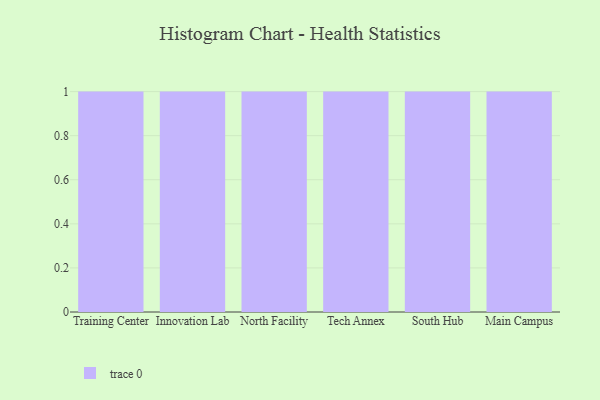
{"axis": {"x": "Campus", "y": "Tickets Resolved"}, "legend": [""], "data": [{"x": "Training Center", "y": 85, "type": ""}, {"x": "Innovation Lab", "y": 2, "type": ""}, {"x": "North Facility", "y": 70, "type": ""}, {"x": "Tech Annex", "y": 22, "type": ""}, {"x": "South Hub", "y": 1, "type": ""}, {"x": "Main Campus", "y": 10, "type": ""}]}